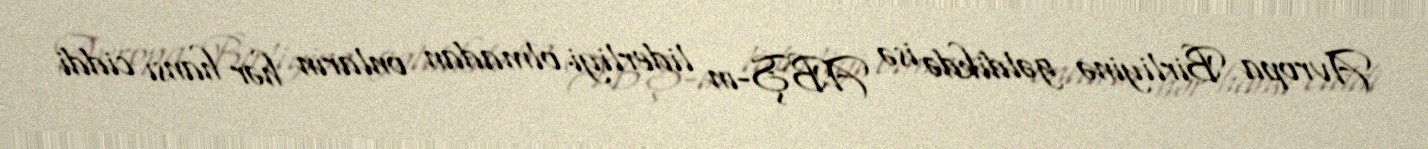
Avropa Birliyinə gəldikdə isə ABŞ-ın liderliyi olmadan onların hər hansı ciddi